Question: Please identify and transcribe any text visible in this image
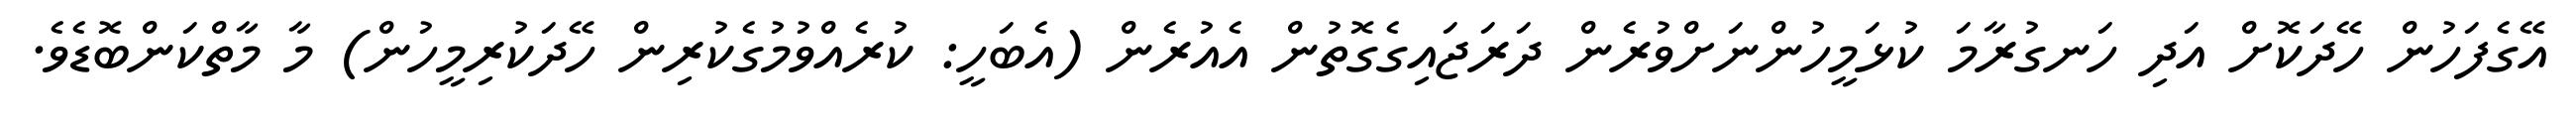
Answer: އޭގެފަހުން ހޭދަކޮށް އަދި ހަނގުރާމަ ކުޅަމީހުންނަށްވުރެން ދަރަޖައިގެގޮތުން އެއުރެން (އެބަހީ: ކުރެއްވުމުގެކުރިން ހޭދަކުރިމީހުން) މާ މާތްކަންބޮޑެވެ.